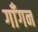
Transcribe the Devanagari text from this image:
गाँगन